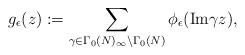
LaTeX: \begin{align*}g_\epsilon(z) := \sum_{\gamma\in \Gamma_0(N)_\infty \backslash \Gamma_0(N)} \phi_\epsilon(\mathrm{Im}\gamma z),\end{align*}